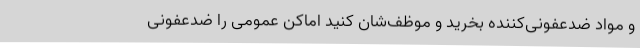
و مواد ضدعفونی‌کننده بخرید و موظف‌شان کنید اماکن عمومی را ضدعفونی